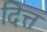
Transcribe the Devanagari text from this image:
दित्त